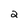
Character: 2